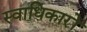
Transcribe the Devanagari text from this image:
स्वाधिकारों